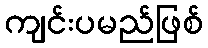
ကျင်းပမည်ဖြစ်